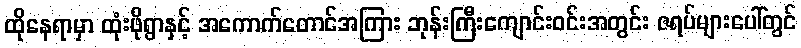
ထိုနေရာမှာ ထုံးဖိုရွာနှင့် အကောက်တောင်အကြား ဘုန်းကြီးကျောင်းဝင်းအတွင်း ဇရပ်များပေါ်တွင်